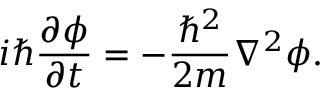
i \hbar { \frac { \partial \phi } { \partial t } } = - { \frac { \hbar ^ { 2 } } { 2 m } } \nabla ^ { 2 } \phi .